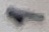
Text: 1